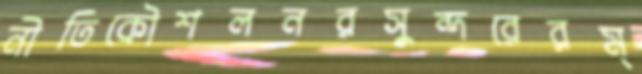
নীতিকৌশলনরসুন্দরেরম্